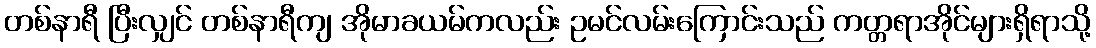
တစ်နာရီ ပြီးလျှင် တစ်နာရီကျ အိုမာခယမ်ကလည်း ဥမင်လမ်းကြောင်းသည် ကတ္တရာအိုင်များရှိရာသို့